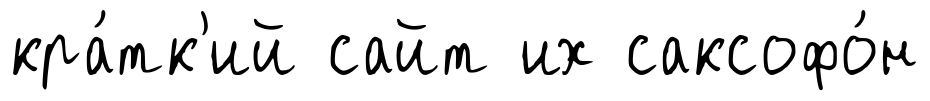
кра́тк'ий сайт их саксофо́н